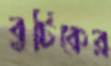
বুটিকের